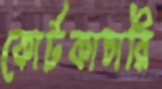
কোর্টকাচারি